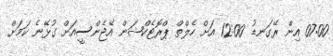
07:00 އިން ރޭގަނޑު 12:00 އަށް ހެލްތް ޕްރޮޓެކްޝަން އޭޖެންސީއަށް ގުޅޭނެ ކަމަށް